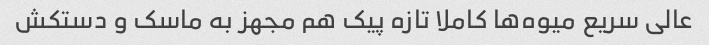
عالی سریع میوه‌ها کاملا تازه پیک هم مجهز به ماسک و دستکش